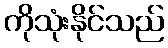
ကိုသုံးနိုင်သည်